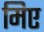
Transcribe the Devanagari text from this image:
मिए